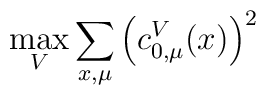
\max_{V} \sum_{x,\mu } \left( c^{V}_{0, \mu } (x) \right)^{2}